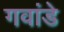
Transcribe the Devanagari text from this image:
गवांडे